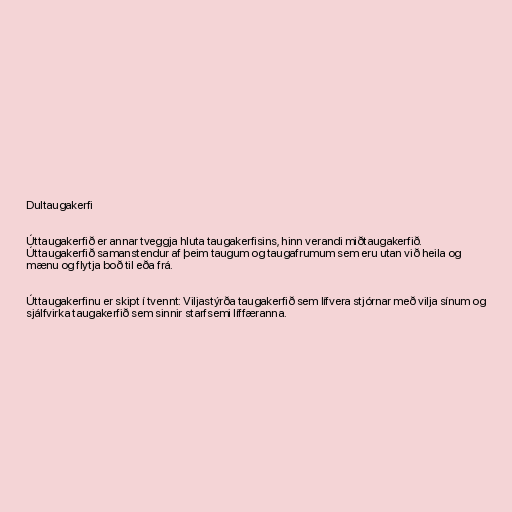
Dultaugakerfi

Úttaugakerfið er annar tveggja hluta taugakerfisins, hinn verandi miðtaugakerfið.
Úttaugakerfið samanstendur af þeim taugum og taugafrumum sem eru utan við heila og
mænu og flytja boð til eða frá.

Úttaugakerfinu er skipt í tvennt: Viljastýrða taugakerfið sem lífvera stjórnar með vilja sínum og
sjálfvirka taugakerfið sem sinnir starfsemi líffæranna.